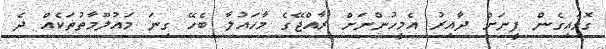
ގޮވައިގެން ފީނަށް ދާއިރު އެމީހުންނަށް ރާއްޖޭގެ މާހައުލާ ބެހޭ ގިނަ މައުލޫމާތުތަކެއް ދެ